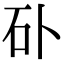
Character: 𥐚